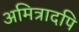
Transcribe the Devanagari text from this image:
अमित्रादपि